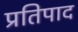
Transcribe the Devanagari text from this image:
प्रतिपाद